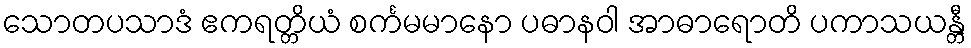
သောတပသာဒံ ဧကရတ္တိယံ စင်္ကမမာနော ပဓာနဝါ အာဓာရောတိ ပကာသယန္တီ